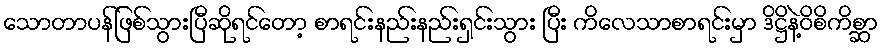
သောတာပန်ဖြစ်သွားပြီဆိုရင်တော့ စာရင်းနည်းနည်းရှင်းသွား ပြီး ကိလေသာစာရင်းမှာ ဒိဋ္ဌိနဲ့ဝိစိကိစ္ဆာ